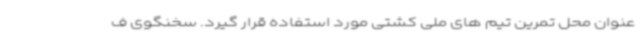
عنوان محل تمرین تیم های ملی کشتی مورد استفاده قرار گیرد. سخنگوی ف